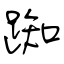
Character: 踟